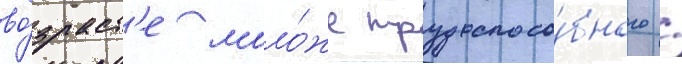
во́зраст'е моло́же трудоспосо́бного /